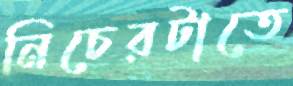
নিচেরটাতে